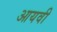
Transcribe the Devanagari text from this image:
आयवी